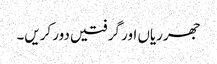
جھرریاں اور گرفتیں دور کریں۔